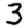
Digit: 3